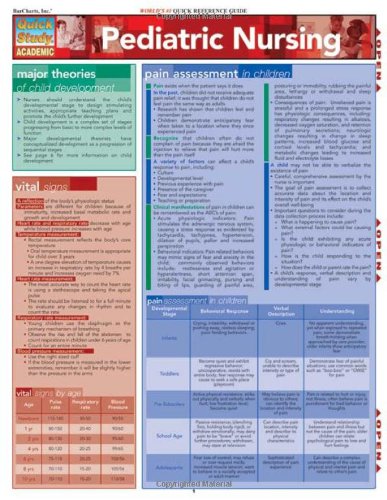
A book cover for Pediatric Nursing (Quickstudy: Academic); Inc. BarCharts; Medical Books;